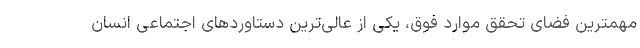
مهمترین فضای تحقق موارد فوق، یکی از عالی‌ترین دستاوردهای اجتماعی انسان